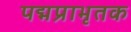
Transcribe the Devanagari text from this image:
पद्मप्राभृतक